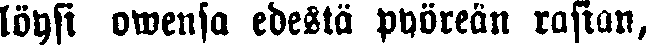
löysi owensa edestä pyöreän rasian,